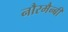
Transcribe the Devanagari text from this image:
नौरमैन्बी